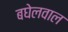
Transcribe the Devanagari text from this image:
बघेलवाल